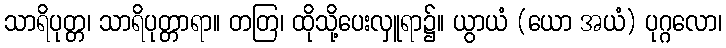
သာရိပုတ္တ၊ သာရိပုတ္တာရာ။ တတြ၊ ထိုသို့ပေးလှူရာ၌။ ယွာယံ (ယော အယံ) ပုဂ္ဂလော၊